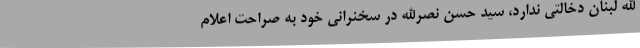
الله لبنان دخالتی ندارد، سید حسن نصرالله در سخنرانی خود به صراحت اعلام